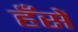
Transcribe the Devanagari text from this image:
हँसें